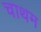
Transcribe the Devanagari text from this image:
चाथम